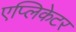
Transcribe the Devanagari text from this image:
एप्लिकेटर